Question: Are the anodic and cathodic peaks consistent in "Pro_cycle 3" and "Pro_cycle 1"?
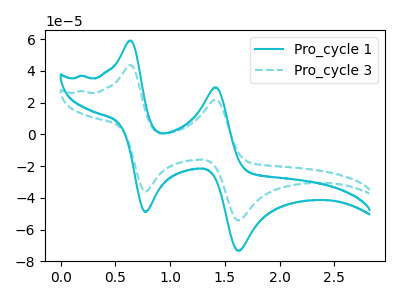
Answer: <think>The cyan curve "Pro_cycle 1" has anodic peaks at (0.65V, 59.00uA) (1.40V, 29.65uA) and cathodic peaks at (0.80V, -48.90uA) (1.60V, -73.40uA). The cyan dashed curve "Pro_cycle 3" has anodic peaks at (0.65V, 43.60uA) (1.40V, 21.90uA) and cathodic peaks at (0.80V, -36.15uA) (1.60V, -54.25uA).</think>
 <answer>Yes, "Pro_cycle 3" have a peak in "Pro_cycle 1" at the same potential.</answer>
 <eval>match</eval>